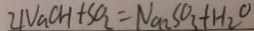
2 N a C H + S O _ { 2 } = N a _ { 2 } S O _ { 3 } + H _ { 2 } O